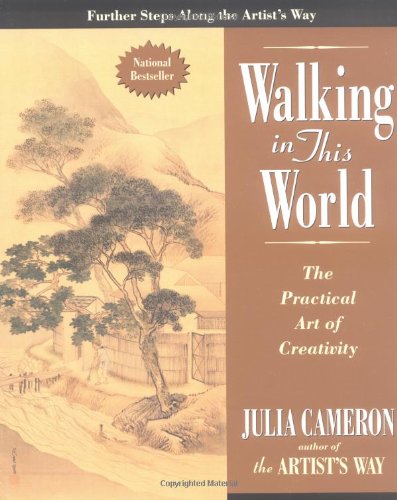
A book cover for Walking in this World: The Practical Art of Creativity; Julia Cameron; Self-Help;